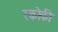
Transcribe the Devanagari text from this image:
स्कोकी